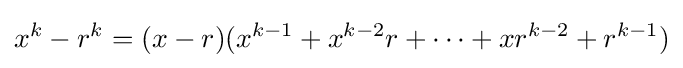
x^{k}-r^{k}=(x-r)(x^{k-1}+x^{k-2}r+\dots +xr^{k-2}+r^{k-1})